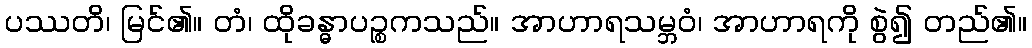
ပဿတိ၊ မြင်၏။ တံ၊ ထိုခန္ဓာပဉ္စကသည်။ အာဟာရသမ္ဘဝံ၊ အာဟာရကို စွဲ၍ တည်၏။